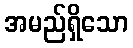
အမည်ရှိသော